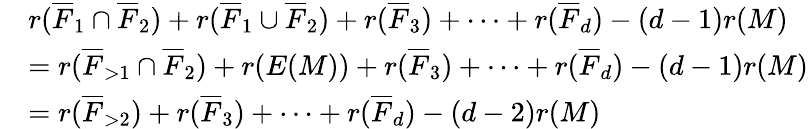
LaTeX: \begin{array}{rl}&{r(\overline{{F}}_{1}\cap\overline{{F}}_{2})+r(\overline{{F}}_{1}\cup\overline{{F}}_{2})+r(\overline{{F}}_{3})+\cdots+r(\overline{{F}}_{d})-(d-1)r(M)}\\ &{=r(\overline{{F}}_{>1}\cap\overline{{F}}_{2})+r(E(M))+r(\overline{{F}}_{3})+\cdots+r(\overline{{F}}_{d})-(d-1)r(M)}\\ &{=r(\overline{{F}}_{>2})+r(\overline{{F}}_{3})+\cdots+r(\overline{{F}}_{d})-(d-2)r(M)}\end{array}